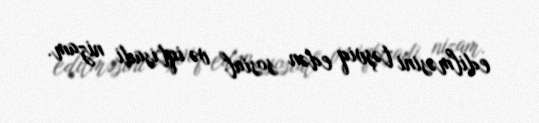
edilməsini təşviq edən sosial və iqtisadi nizam.